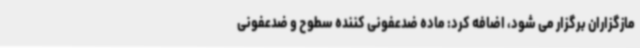
مازگزاران برگزار می شود، اضافه کرد: ماده ضدعفونی کننده سطوح و ضدعفونی